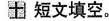
十、短文填空。